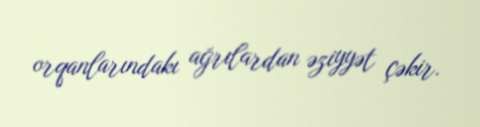
orqanlarındakı ağrılardan əziyyət çəkir.